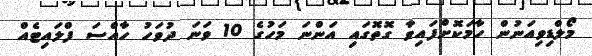
މޯލްޑިވިއަނުން ހާމަކޮށްފައިވާ ގޮތޮގައި އަންނަ މަހުގެ 10 ވަނަ ދުވަހު ހާއްސަ ފްލައިޓެއް